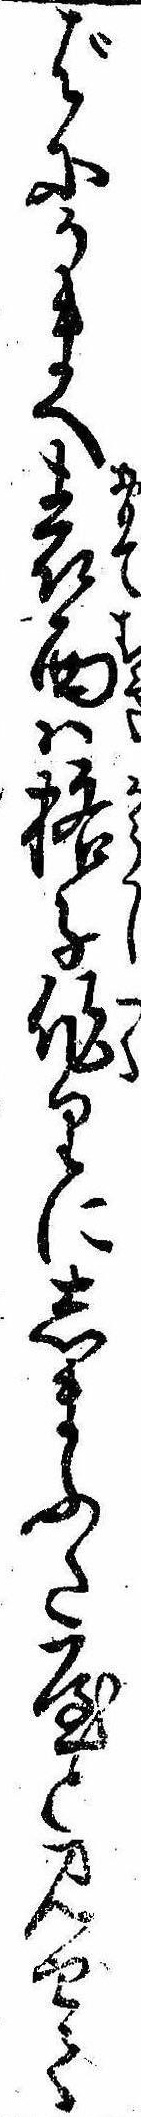
ばにかまへ表面は格子作りにしまふた屋と見せて